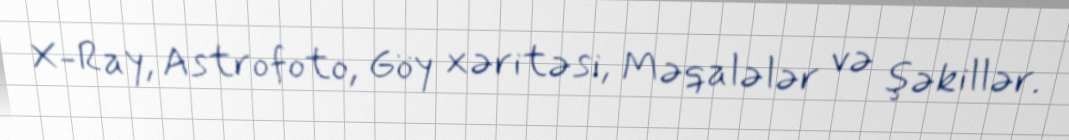
X-Ray, Astrofoto, Göy xəritəsi, Məqalələr və şəkillər.